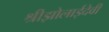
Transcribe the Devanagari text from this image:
श्रीझोलाईदेवी